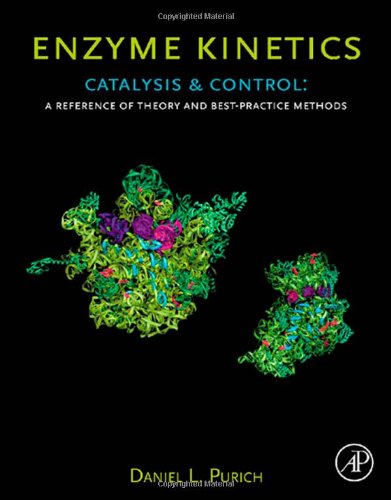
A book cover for Enzyme Kinetics: Catalysis & Control: A Reference of Theory and Best-Practice Methods; Daniel L. Purich; Medical Books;